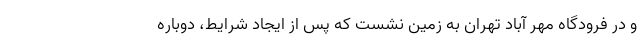
و در فرودگاه مهر آباد تهران به زمین نشست که پس از ایجاد شرایط، دوباره